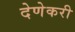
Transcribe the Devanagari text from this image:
देणेकरी